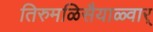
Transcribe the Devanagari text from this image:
तिरुमळिसैयाळ्वार्